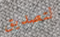
لتصديق